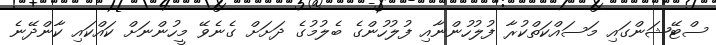
ސްޓޭޝަންގައި މަސައްކަތްކުރާ ފުލުހުންނާއި ފުލުހުންގެ ބެލުމުގެ ދަށަށް ގެނެވޭ މީހުންނަށް ކައްކައި ކާންދޭނެ